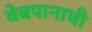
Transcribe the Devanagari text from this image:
वेबपानाची